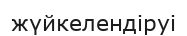
жүйкелендіруі